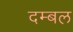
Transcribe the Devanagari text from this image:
दम्बल